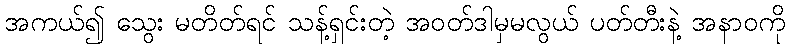
အကယ်၍ သွေး မတိတ်ရင် သန့်ရှင်းတဲ့ အဝတ်ဒါမှမလွယ် ပတ်တီးနဲ့ အနာဝကို